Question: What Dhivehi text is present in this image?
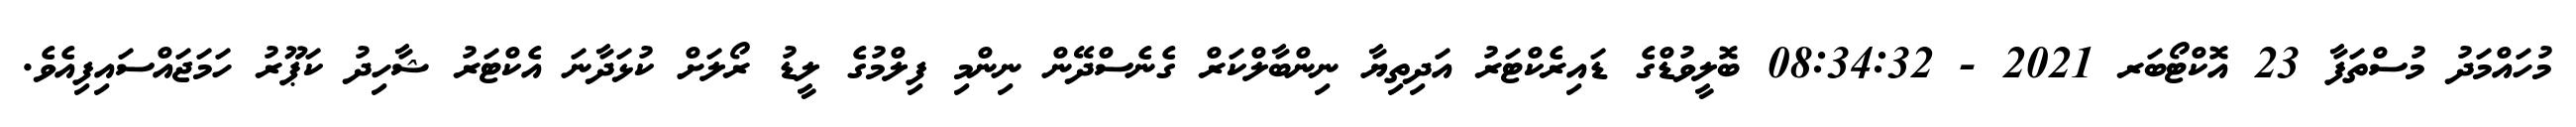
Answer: މުހައްމަދު މުސްތަފާ 23 އޮކްޓޯބަރ 2021 - 08:34:32 ބޮލީވުޑްގެ ޑައިރެކްޓަރު އަދިތިޔާ ނިންބާލްކަރް ގެނެސްދޭން ނިންމި ފިލްމުގެ ލީޑު ރޯލަށް ކުޅަދާނަ އެކްޓަރު ޝާހިދު ކަޕޫރު ހަމަޖައްސައިފިއެވެ.